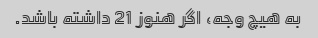
به هیچ وجه، اگر هنوز 21 داشته باشد.